Mental hospitals Bombay report 1921-28 - 1921-1928
Year: 1921
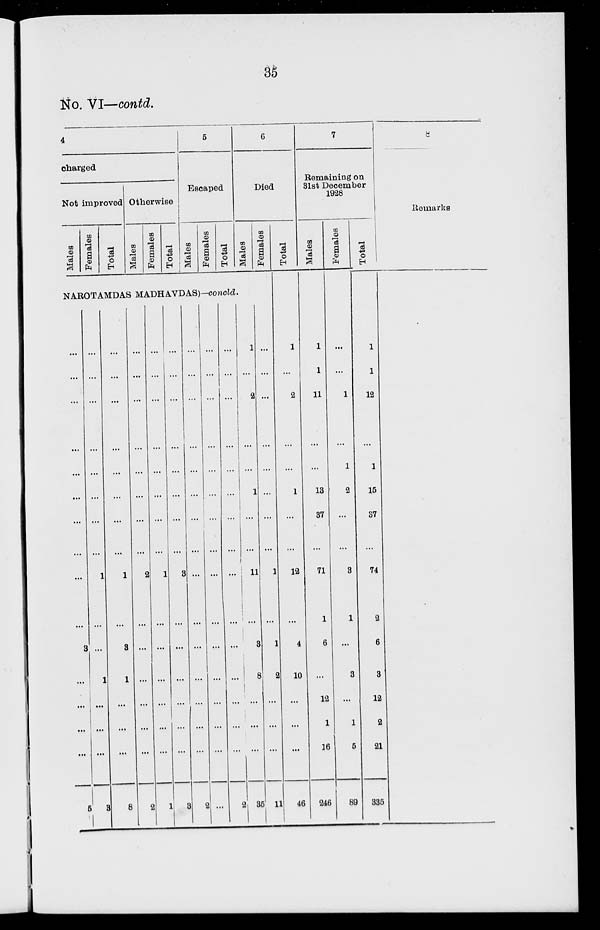
35
No. VI—contd.
4
charged
Not improved
Males
Females
Total
Otherwise
Males
Females
Total
5
Escaped
Males
Females
Total
6
Died
Males
Females
NAROTAMDAS MADHAVDAS)-concld.
...
...
...
...
...
....
...
...
...
...
3
...
...
...
...
5
...
...
...
...
...
...
...
...
1
...
...
1
...
...
...
3
...
...
...
...
...
...
...
...
1
...
3
1
...
...
...
8
...
...
...
...
...
...
...
...
2
...
...
...
...
...
...
2
...
...
...
...
...
...
...
...
1
...
...
...
...
...
...
1
...
...
...
...
...
...
...
...
3
...
...
...
...
...
...
3
...
...
...
...
...
...
...
...
...
...
...
...
...
...
...
2
...
...
...
...
...
...
...
...
...
...
...
...
...
...
...
...
...
...
...
...
...
...
...
...
...
...
...
...
...
...
...
2
1
2
...
...
1
...
...
11
...
3
8
...
...
...
35
...
...
...
...
...
...
...
...
1
...
1
2
...
...
...
11
Total
1
...
2
...
...
1
...
...
12
...
4
10
...
...
...
46
7
Remaining on
31st December
1928
Males
1
1
11
...
...
13
37
...
71
1
6
...
12
1
16
246
Females
...
...
1
...
1
2
...
...
3
1
...
3
...
1
5
89
Total
1
1
12
...
1
15
37
...
74
2
6
3
12
2
21
335
8
Remarks